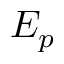
E _ { p }